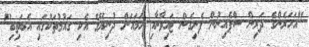
"އަހަރެންގެ ދަރިން ސްޕެއިނުން ފެށިގެން ޓައިވާނާއި ހަމައަށް ދުނިޔޭގެ އެކި ގައުމުތަކުގައި އެބަތިބި"